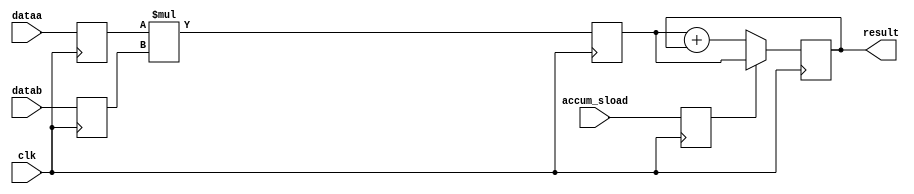
// see http://www.altera.com/literature/hb/qts/qts_qii51007.pdf
// example 14.6 for register placement
module macModel (accum_sload,
		 clk,
		 dataa,
		 datab,
		 result);
   parameter WIDTH_IN=1; // default is supposed to fail   
   parameter WIDTH_OUT=1;
   
   input	                     accum_sload;
   input 			     clk;
   input signed [WIDTH_IN-1:0] 	     dataa;
   input signed [WIDTH_IN-1:0] 	     datab;
   output reg signed [WIDTH_OUT-1:0] result = 0;
   
   reg signed [WIDTH_IN-1:0] 	     dataa_reg; 
   reg signed [WIDTH_IN-1:0] 	     datab_reg; 
   reg 				     accum_sload_reg;
   
   wire [WIDTH_OUT-1:0] 	     multa;
   reg [WIDTH_OUT-1:0] 		     multa_reg; 
   
   wire [WIDTH_OUT-1:0] 	     adderOut;

   assign multa = dataa_reg * datab_reg;
   assign adderOut = multa_reg + result;
   
   always @(posedge clk) begin
      dataa_reg <= dataa;              // first pipeline stage
      datab_reg <= datab;              // first pipeline stage
      accum_sload_reg <= accum_sload;  // first pipeline stage

      multa_reg <= multa; // second pipeline stage      
      
      if (accum_sload_reg) 
	result <= multa_reg; // third pipeline stage
      else
	result <= adderOut; // third pipeline stage
   end
endmodule